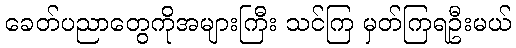
ခေတ်ပညာတွေကိုအများကြီး သင်ကြ မှတ်ကြရဦးမယ်